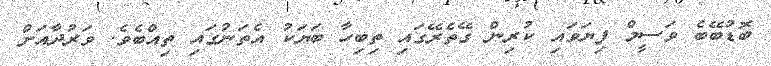
ބޮޑުބޭބެ ވަސީމް ފިޔަވައި ކުރިން ގޭތެރޭގައި ތިބިހާ ބަޔަކު އެތަނުގައި ތިއްބެވެ. ވަރުދާއަށް